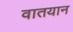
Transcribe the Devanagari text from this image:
वातयान